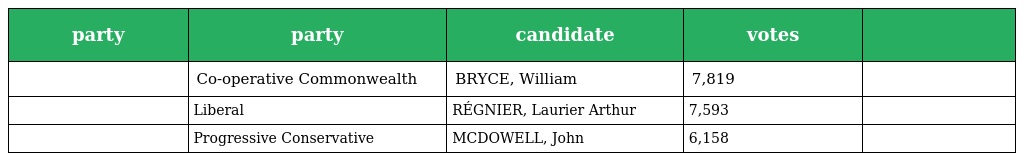
| party | party | candidate | votes |  |
 | --- | --- | --- | --- | --- |
 |  | Co-operative Commonwealth | BRYCE, William | 7,819 |  |
 |  | Liberal | RÉGNIER, Laurier Arthur | 7,593 |  |
 |  | Progressive Conservative | MCDOWELL, John | 6,158 |  |